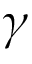
\gamma